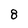
Character: 8